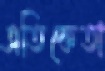
এতিকেতা